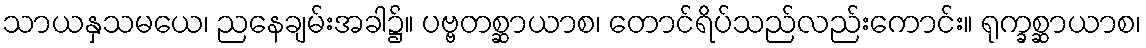
သာယနှသမယေ၊ ညနေချမ်းအခါ၌။ ပဗ္ဗတစ္ဆာယာစ၊ တောင်ရိပ်သည်လည်းကောင်း။ ရုက္ခစ္ဆာယာစ၊